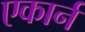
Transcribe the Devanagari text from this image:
एकार्न